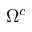
\Omega ^ { c }